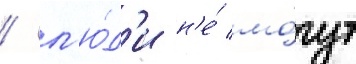
/ л'ю́д'и н'е́ мо́гут